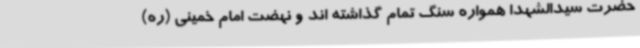
حضرت سیدالشهدا همواره سنگ تمام گذاشته اند و نهضت امام خمینی (ره)